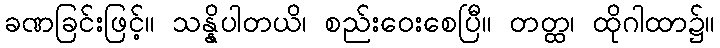
ခဏခြင်းဖြင့်။ သန္နိပါတယိ၊ စည်းဝေးစေပြီ။ တတ္ထ၊ ထိုဂါထာ၌။